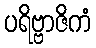
ပရိဗ္ဗာဇိကံ